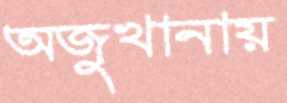
অজুখানায়